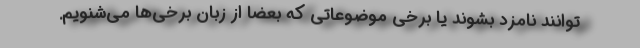
‌توانند نامزد بشوند یا برخی موضوعاتی که بعضا از زبان برخی‌ها می‌شنویم.